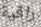
راقية